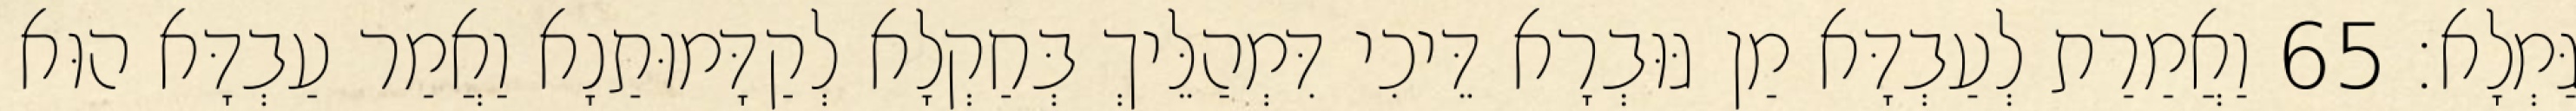
גַּמְלָא׃ 65 וַאֲמַרַת לְעַבְדָּא מַן גּוּבְרָא דֵּיכִי דִּמְהַלֵּיךְ בְּחַקְלָא לְקַדָּמוּתַנָא וַאֲמַר עַבְדָּא הוּא